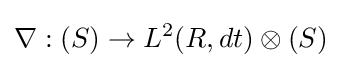
\nabla :(S)\rightarrow L^{2}(R,dt)\otimes (S)